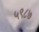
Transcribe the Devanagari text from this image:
५९८७